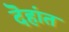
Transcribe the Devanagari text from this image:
दॆहांत